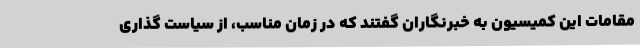
مقامات این کمیسیون به خبرنگاران گفتند که در زمان مناسب، از سیاست گذاری